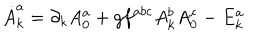
\dot { A } _ { k } ^ { a } = \partial _ { k } A _ { 0 } ^ { a } + g f ^ { a b c } A _ { k } ^ { b } A _ { 0 } ^ { c } - E _ { k } ^ { a }